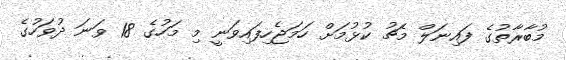
މުބާރާތުގެ ފައިނަލް މެޗު ކުޅުމަށް ހަމަޖެހިފައިވަނީ މި މަހުގެ 18 ވަނަ ދުވަހުގެ